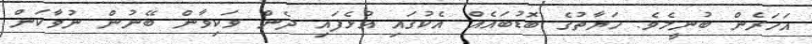
އަހަރެން ބުނީމެވެ. ހަޔާތުގެ ބޮޑުބައެއް އެކުގައި އުޅެފައި ދެން ވަކިވާން ބޭނުން ނުވާކަން